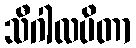
သီဂါလပိတာ